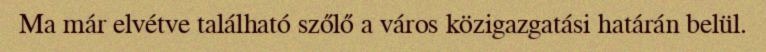
Ma már elvétve található szőlő a város közigazgatási határán belül.